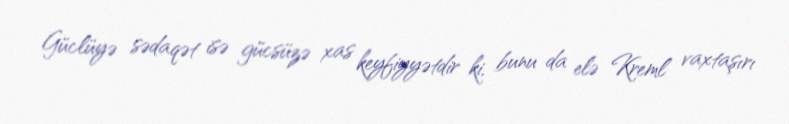
Güclüyə sədaqət isə gücsüzə xas keyfiyyətdir ki, bunu da elə Kreml vaxtaşırı